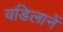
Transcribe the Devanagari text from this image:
वडिलानें